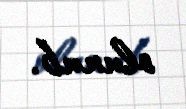
olunub.